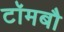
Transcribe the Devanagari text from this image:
टॉमबौ